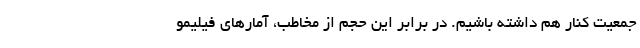
جمعیت کنار هم داشته باشیم. در برابر این حجم از مخاطب، آمارهای فیلیمو